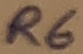
Text: R6